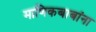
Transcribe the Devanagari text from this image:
माणिकबाबांना